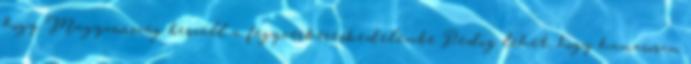
hogy Magyarország beszáll a fegyverkereskedelembe Pedig lehet, hogy hamarosan